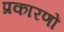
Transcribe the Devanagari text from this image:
प्रकारणों